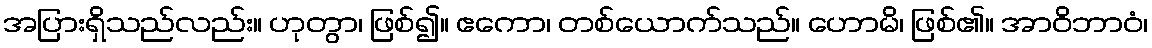
အပြားရှိသည်လည်း။ ဟုတွာ၊ ဖြစ်၍။ ဧကော၊ တစ်ယောက်သည်။ ဟောမိ၊ ဖြစ်၏။ အာဝိဘာဝံ၊